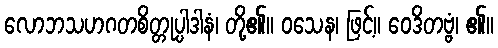
လောဘသဟဂတစိတ္တုပ္ပါဒါနံ၊ တို့၏။ ဝသေန၊ ဖြင့်။ ဝေဒိတဗ္ဗံ၊ ၏။